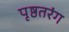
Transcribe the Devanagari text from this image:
पृष्ठतरंग